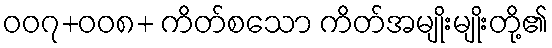
၀၀၇+၀၀၈+ ကိတ်စသော ကိတ်အမျိုးမျိုးတို့၏